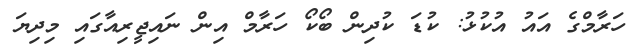
ހަރާމްގެ އައު އުކުޅު: ކުޑަ ކުދިން ބޯކޯ ހަރާމް އިން ނައިޖީރިއާގައި މިދިޔަ